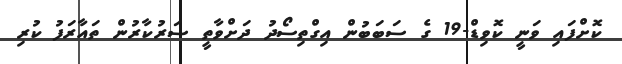
ކޮށްފައި ވަނީ ކޮވިޑް-19 ގެ ސަބަބުން އިގްތިސޯދު ދަށްވާތީ ސަރުކާރުން ތައާރަފު ކުރި